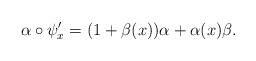
LaTeX: \begin{align*}\alpha \circ \psi'_x = (1 + \beta(x)) \alpha + \alpha(x) \beta.\end{align*}